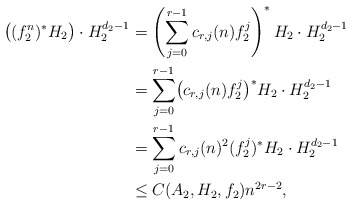
\begin{align*} \bigl((f_2^n)^*H_2\bigr)\cdot H_2^{d_2-1} &= \left(\sum_{j=0}^{r-1} c_{r,j}(n) f_2^j\right)^*H_2 \cdot H_2^{d_2-1} \\ &= \sum_{j=0}^{r-1} \bigl(c_{r,j}(n) f_2^j\bigr)^*H_2 \cdot H_2^{d_2-1} \\ &= \sum_{j=0}^{r-1} c_{r,j}(n)^2 (f_2^j)^*H_2 \cdot H_2^{d_2-1} \\ &\le C(A_2,H_2,f_2)n^{2r-2},\end{align*}